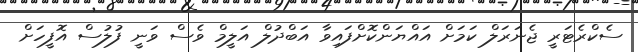
ސެކްރެޓަރީ ޖެނަރަލް ކަމަށް އައްޔަންކޮށްފައިވާ އަބްދުލް އަލީމް ވެސް ވަނީ ފުލުސް އޮފީހަށް